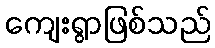
ကျေးရွာဖြစ်သည်